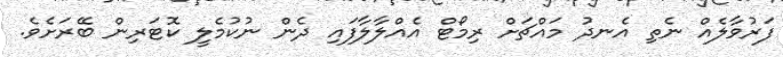
ފަރުވާލެއް ނެތި އެނދު މައްޗަށް ރިމޯޓް އެއްލާލާފައި ދެން ނުކުމެލީ ކޮޓަރިން ބޭރަށެވެ.